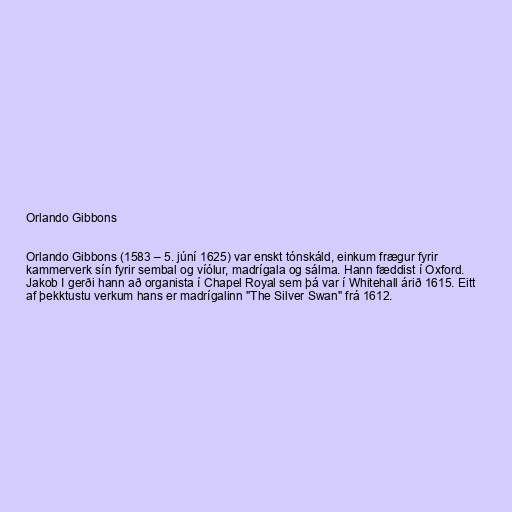
Orlando Gibbons

Orlando Gibbons (1583 – 5. júní 1625) var enskt tónskáld, einkum frægur fyrir
kammerverk sín fyrir sembal og víólur, madrígala og sálma. Hann fæddist í Oxford.
Jakob I gerði hann að organista í Chapel Royal sem þá var í Whitehall árið 1615. Eitt
af þekktustu verkum hans er madrígalinn "The Silver Swan" frá 1612.